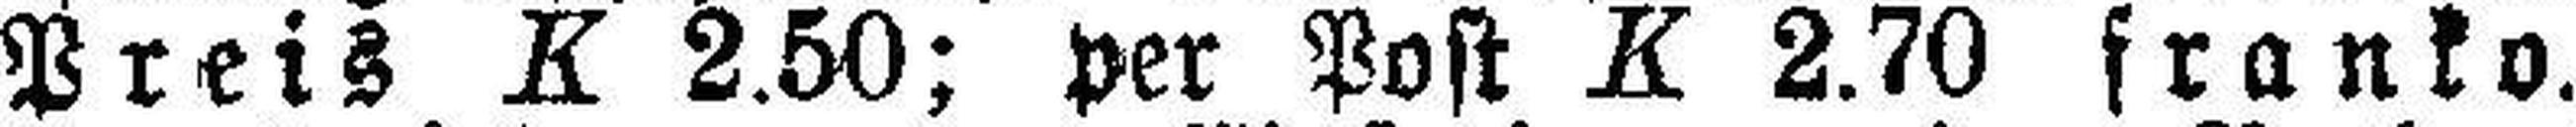
Preis K 2.50; per Post K 2.70 franko.